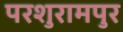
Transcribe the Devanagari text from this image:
परशुरामपुर